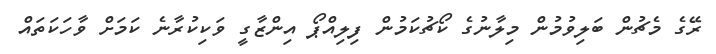
ރޭގެ މެޗުން ބަލިވުމުން މިލާނުގެ ކޯޗުކަމުން ފިލިއްޕޯ އިންޒާގީ ވަކިކުރާނެ ކަމަށް ވާހަކަތައް